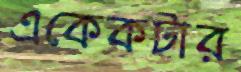
একেকটার